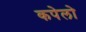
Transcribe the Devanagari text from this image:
कपेलो